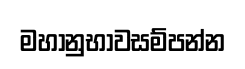
මහානුභාවසම්පන්න